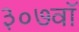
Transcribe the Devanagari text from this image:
३०७वॉ